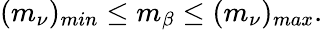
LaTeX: (m_{\nu})_{min}\leq m_{\beta}\leq(m_{\nu})_{max}.